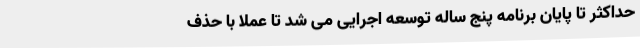
حداکثر تا پایان برنامه پنج ساله توسعه اجرایی می شد تا عملا با حذف